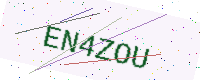
Text: EN4ZOU